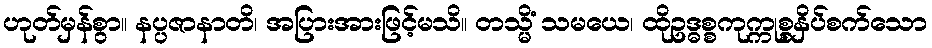
ဟုတ်မှန်စွာ။ နပ္ပဇာနာတိ၊ အပြားအားဖြင့်မသိ။ တသ္မိံ သမယေ၊ ထိုဥဒ္ဓစ္စကုက္ကုစ္စနှိပ်စက်သော